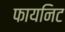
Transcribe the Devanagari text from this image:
फायनिट